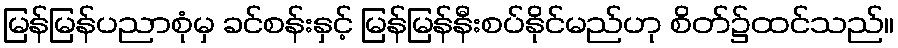
မြန်မြန်ပညာစုံမှ ခင်စန်းနှင့် မြန်မြန်နီးစပ်နိုင်မည်ဟု စိတ်၌ထင်သည်။